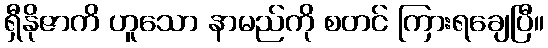
ရှီနိုဇာကိ ဟူသော နာမည်ကို စတင် ကြားရချေပြီ။